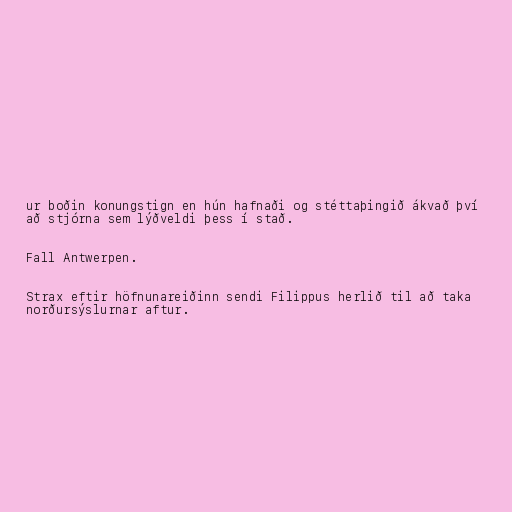
ur boðin konungstign en hún hafnaði og stéttaþingið ákvað því
að stjórna sem lýðveldi þess í stað.

Fall Antwerpen.

Strax eftir höfnunareiðinn sendi Filippus herlið til að taka
norðursýslurnar aftur.